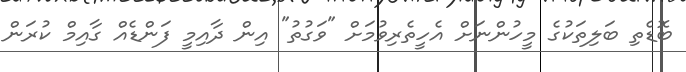
ބޮޑެތި ބަލިތަކުގެ މީހުންނަށް އެހީތެރިވުމަށް "ވަގުތު" އިން ދާއިމީ ފަންޑެއް ގާއިމް ކުރަން